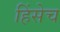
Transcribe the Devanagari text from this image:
हिंसेच